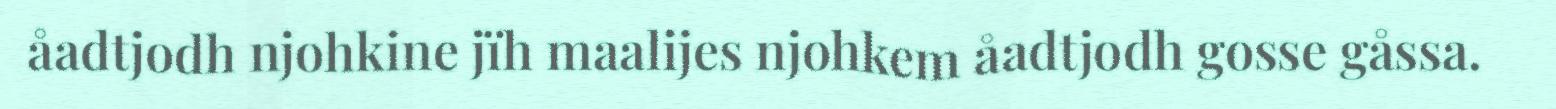
åadtjodh njohkine jïh maalijes njohkem åadtjodh gosse gåssa.